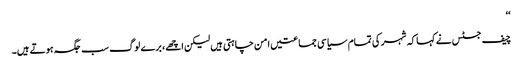
‘‘
چیف جسٹس نے کہا کہ شہر کی تمام سیاسی جماعتیں امن چاہتی ہیں لیکن اچھے، برے لوگ سب جگہ ہوتے ہیں۔